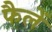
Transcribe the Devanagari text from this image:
फैलें